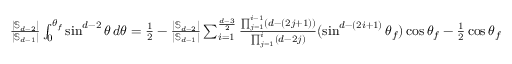
\begin{array} { r } { \frac { | \mathbb { S } _ { d - 2 } | } { | \mathbb { S } _ { d - 1 } | } \int _ { 0 } ^ { \theta _ { f } } \sin ^ { d - 2 } \theta \, d \theta = \frac { 1 } { 2 } - \frac { | \mathbb { S } _ { d - 2 } | } { | \mathbb { S } _ { d - 1 } | } \sum _ { i = 1 } ^ { \frac { d - 3 } { 2 } } \frac { \prod _ { j = 1 } ^ { i - 1 } ( d - ( 2 j + 1 ) ) } { \prod _ { j = 1 } ^ { i } ( d - 2 j ) } ( \sin ^ { d - ( 2 i + 1 ) } \theta _ { f } ) \cos \theta _ { f } - \frac { 1 } { 2 } \cos \theta _ { f } } \end{array}